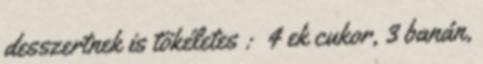
desszertnek is tökéletes : 4 ek cukor, 3 banán,